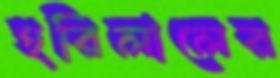
হরিলালের